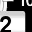
Digit: 2